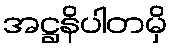
အဋ္ဌနိပါတမှိ